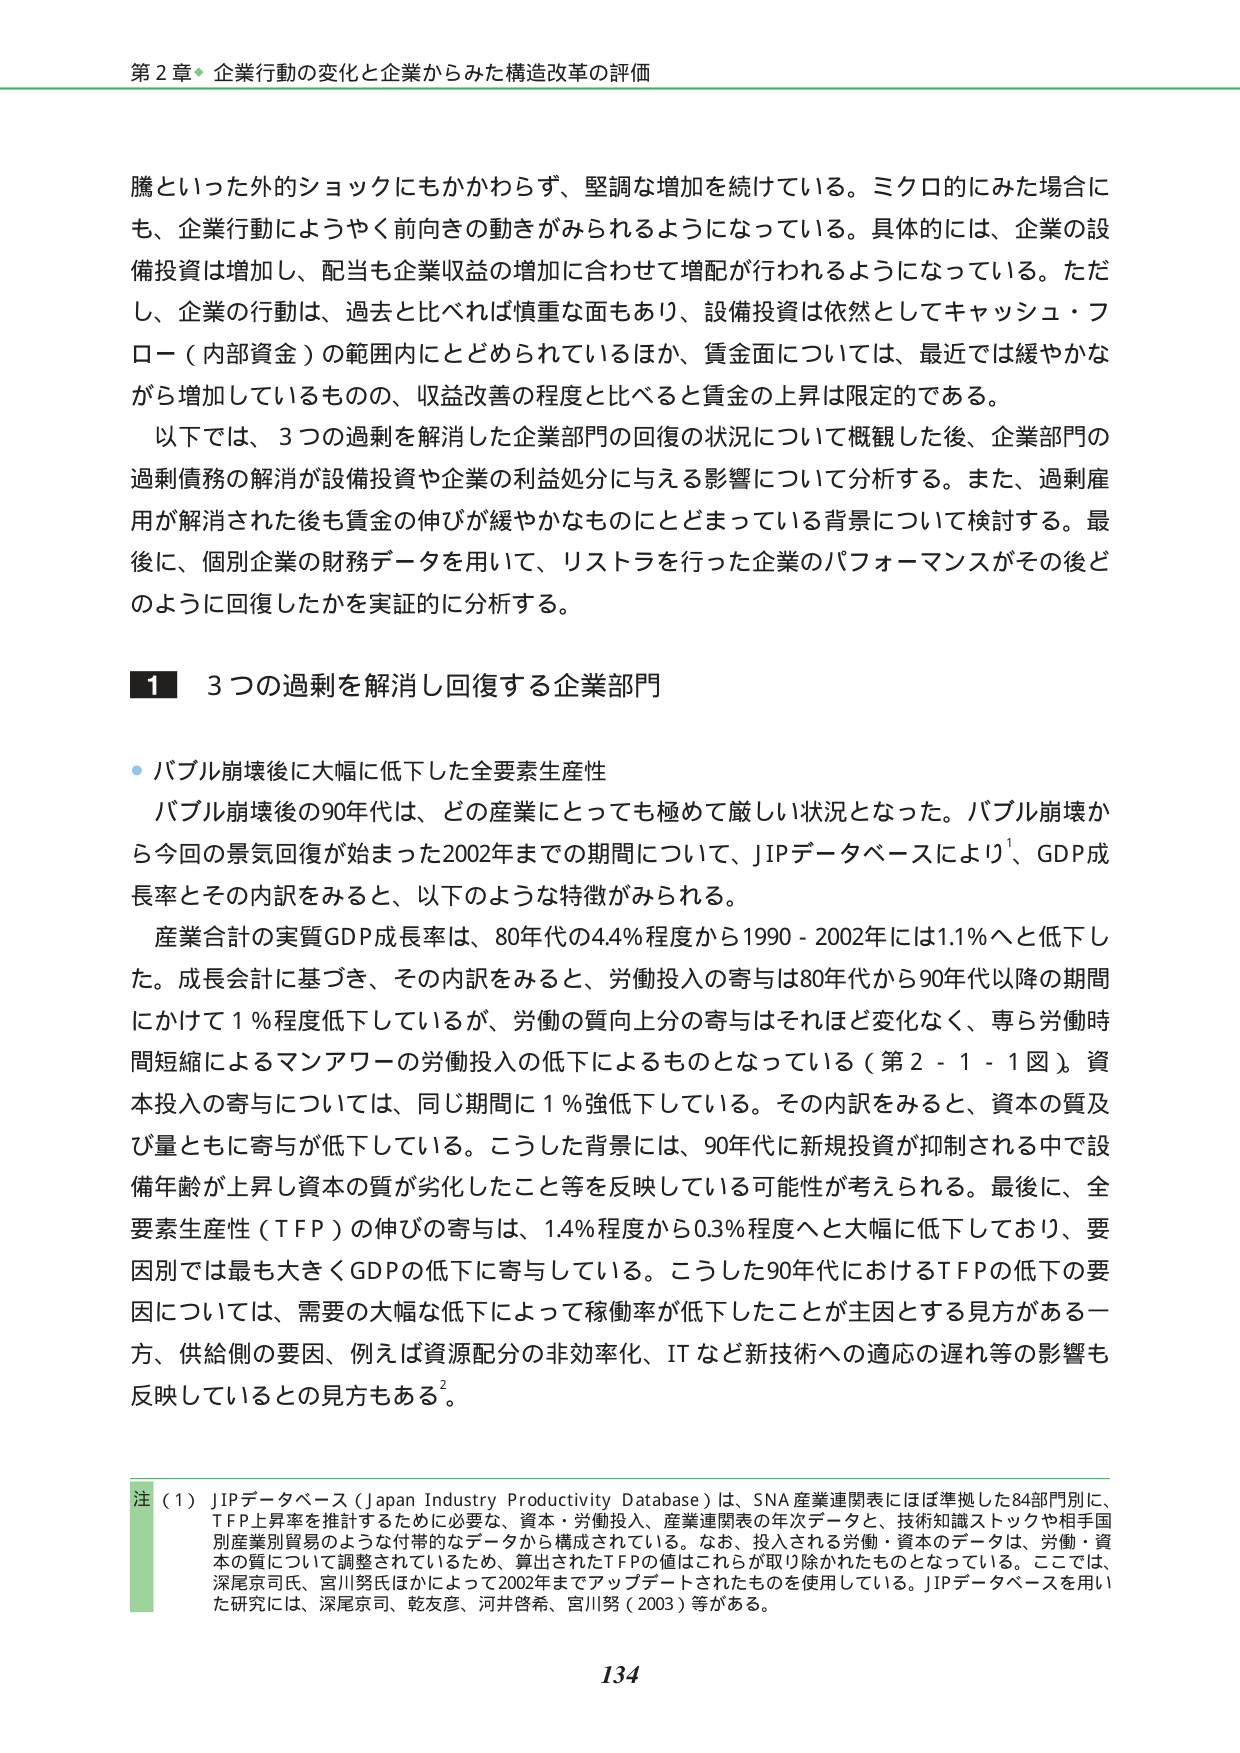
第２章 企業行動の変化と企業からみた構造改革の評価

騰といった外的ショックにもかかわらず、堅調な増加を続けている。ミクロ的にみた場合にも、企業行動によりやく前向きの動きがみられるようになっている。具体的には、企業の設備投資は増加し、配当も企業収益の増加に合わせて増配が行われるようになっている。ただし、企業の行動は、過去と比べれば慎重な面もあり、設備投資は依然としてキャッシュ・フロー（内部資金）の範囲内にとどめられているほか、賃金面については、最近では緩やかながら増加しているものの、収益改善の程度と比べると賃金の上昇は限定的である。

以下では、3つの過剰を解消した企業部門の回復の状況について概観した後、企業部門の過剰債務の解消が設備投資や企業の利益処分に与える影響について分析する。また、過剰雇用が解消された後も賃金の伸びが緩やかなものにとどまっている背景について検討する。最後に、個別企業の財務データを用いて、リストラを行った企業のパフォーマンスがその後どのように回復したかを実証的に分析する。

1 3つの過剰を解消し回復する企業部門

・バブル崩壊後に大幅に低下した全要素生産性

バブル崩壊後の90年代は、どの産業にとっても極めて厳しい状況となった。バブル崩壊から今回の景気回復が始まった2002年までの期間について、JIPデータベースにより¹、GDP成長率とその内訳をみると、以下のような特徴がみられる。

産業合計の実質GDP成長率は、80年代の4.4％程度から1990－2002年には1.1％へと低下した。成長会計に基づき、その内訳をみると、労働投入の寄与は80年代から90年代以降の期間にかけて1％程度低下しているが、労働の質向上分の寄与はそれほど変化なく、専ら労働時間短縮によるマンパワーの労働投入の低下によるものとなっている（第2－1－1図）。資本投入の寄与については、同じ期間に1％強低下している。その内訳をみると、資本の質及び量ともに寄与が低下している。こうした背景には、90年代に新規投資が抑制される中で設備年齢が上昇し資本の質が劣化したこと等を反映している可能性が考えられる。最後に、全要素生産性（TFP）の伸びの寄与は、1.4％程度から0.3％程度へと大幅に低下しており、要因別では最も大きくGDPの低下に寄与している。こうした90年代におけるTFPの低下の要因については、需要の大幅な低下によって稼働率が低下したことが主因とする見方がある一方、供給側の要因、例えば資源配分の非効率化、ITなど新技術への適応の遅れ等の影響も反映しているとの見方もある²。

注（1）JIPデータベース（Japan Industry Productivity Database）は、SNA産業連関表にほぼ準拠した84部門別に、TFP上昇率を推計するために必要な、資本・労働投入、産業連関表の年次データと、技術知識ストックや相手国別産業別貿易のような付帯的なデータから構成されている。なお、投入される労働・資本のデータは、労働・資本の質について調整されているため、算出されたTFPの値はこれらが取り除かれたものとなっている。ここでは、深尾京司氏、宮川努氏ほかによって2002年までアップデートされたものを使用している。JIPデータベースを用いた研究には、深尾京司、乾友彦、河井啓希、宮川努（2003）等がある。

134